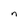
Character: n